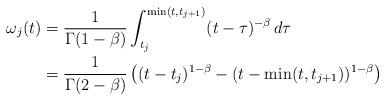
LaTeX: \begin{align*} \omega_j(t) &= \frac1{\Gamma(1-\beta)}\int_{t_j}^{\min(t,t_{j+1})}(t-\tau)^{-\beta}\,d\tau\\&= \frac1{\Gamma(2-\beta)} \left((t-t_j)^{1-\beta}-(t-\min(t,t_{j+1}))^{1-\beta}\right)\end{align*}